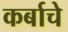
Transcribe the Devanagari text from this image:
कर्बाचे